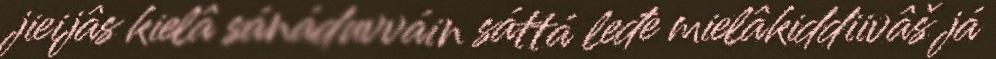
jieijâs kielâ sánáduvváin sáttá leđe mielâkiddiivâš já